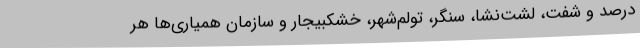
درصد و شفت، لشت‌نشا، سنگر، تولم‌شهر، خشکبیجار و سازمان همیاری‌ها هر